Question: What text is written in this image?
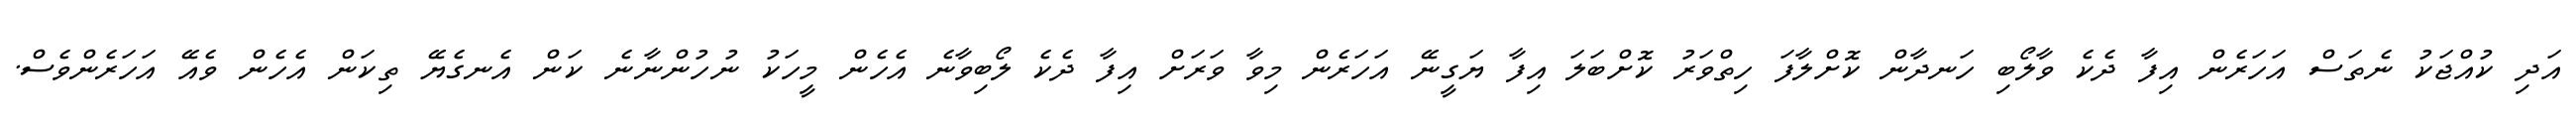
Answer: އަދި ކުއްޖަކު ނެތަސް އަހަރެން އިފާ ދެކެ ވާލޯބި ހަނދާން ކޮށްލާފަ ހިތްވަރު ކޮށްބަލަ އިފާ ޔަގީނޭ އަހަރެން މިވާ ވަރަށް އިފާ ދެކެ ލޯބިވާނެ އެހެން މީހަކު ނުހުންނާނެ ކަން އެނގެޔޭ ތިކަން އެހެން ވެއޭ އަހަރެންވެސް.